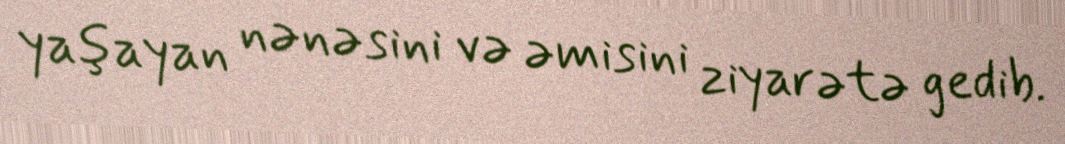
yaşayan nənəsini və əmisini ziyarətə gedib.